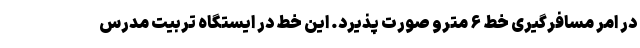
در امر مسافرگیری خط ۶ مترو صورت پذیرد. این خط در ایستگاه تربیت مدرس